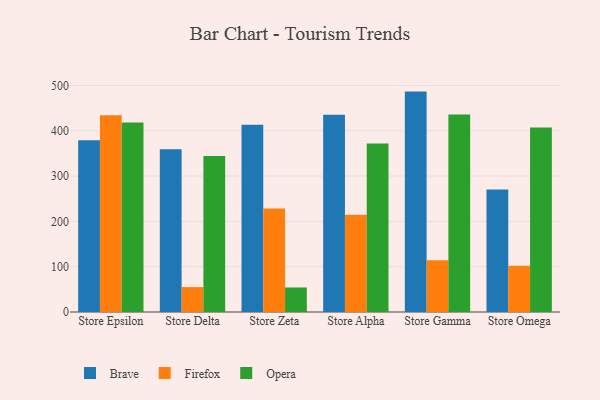
{"axis": {"x": "Store", "y": "Net Income (USD K)"}, "legend": ["Brave", "Firefox", "Opera"], "data": [{"x": "Store Epsilon", "y": 379.0, "type": "Brave"}, {"x": "Store Epsilon", "y": 434.2, "type": "Firefox"}, {"x": "Store Epsilon", "y": 418.2, "type": "Opera"}, {"x": "Store Delta", "y": 359.3, "type": "Brave"}, {"x": "Store Delta", "y": 55.0, "type": "Firefox"}, {"x": "Store Delta", "y": 344.4, "type": "Opera"}, {"x": "Store Zeta", "y": 413.2, "type": "Brave"}, {"x": "Store Zeta", "y": 228.3, "type": "Firefox"}, {"x": "Store Zeta", "y": 54.2, "type": "Opera"}, {"x": "Store Alpha", "y": 435.3, "type": "Brave"}, {"x": "Store Alpha", "y": 214.7, "type": "Firefox"}, {"x": "Store Alpha", "y": 371.7, "type": "Opera"}, {"x": "Store Gamma", "y": 486.4, "type": "Brave"}, {"x": "Store Gamma", "y": 114.4, "type": "Firefox"}, {"x": "Store Gamma", "y": 435.7, "type": "Opera"}, {"x": "Store Omega", "y": 270.2, "type": "Brave"}, {"x": "Store Omega", "y": 102.2, "type": "Firefox"}, {"x": "Store Omega", "y": 407.4, "type": "Opera"}]}